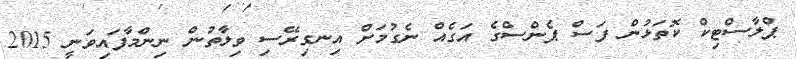
ޕްލާސްޓިކް ކޮތަޅުން ފަސް ޕެންސްގެ އަގެއް ނެގުމަށް އިނގިރޭސި ވިލާތުން ނިންމާފައިވަނީ 2015